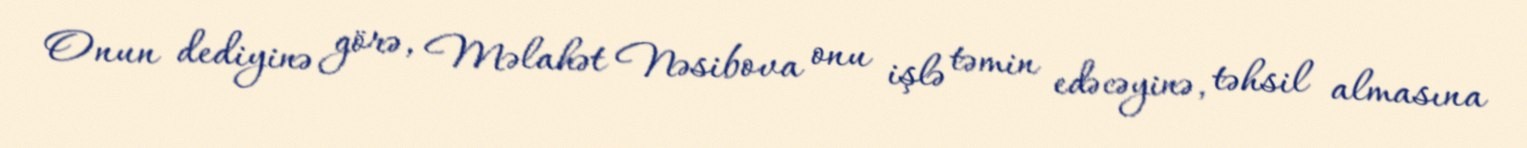
Onun dediyinə görə, Məlahət Nəsibova onu işlə təmin edəcəyinə, təhsil almasına